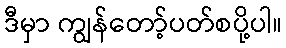
ဒီမှာ ကျွန်တော့်ပတ်စပို့ပါ။